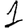
Digit: 1